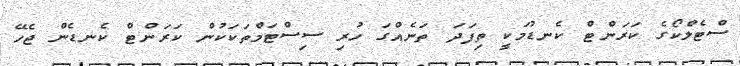
ސްޓެލްކޯގެ ކަރަންޓް ކެނޑުމަކީ ތިފަދަ ތަނެއްގަ ހުރި ސިސްޓަމްތަކަކުން ކަރަންޓް ކެނޑެން ޖެހޭ